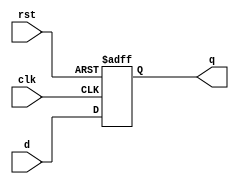
//==========================D flip-flop between summation and dividor block======================== 
`timescale 1ns / 1ps
module dff(clk,rst,d,q);
  input clk;
  input rst;
  input  d;
 
  output reg q;

  always @(posedge clk or posedge rst) 
    begin
      if(rst) 
	q <= 0;
      else
	q <= d;
    end
  endmodule